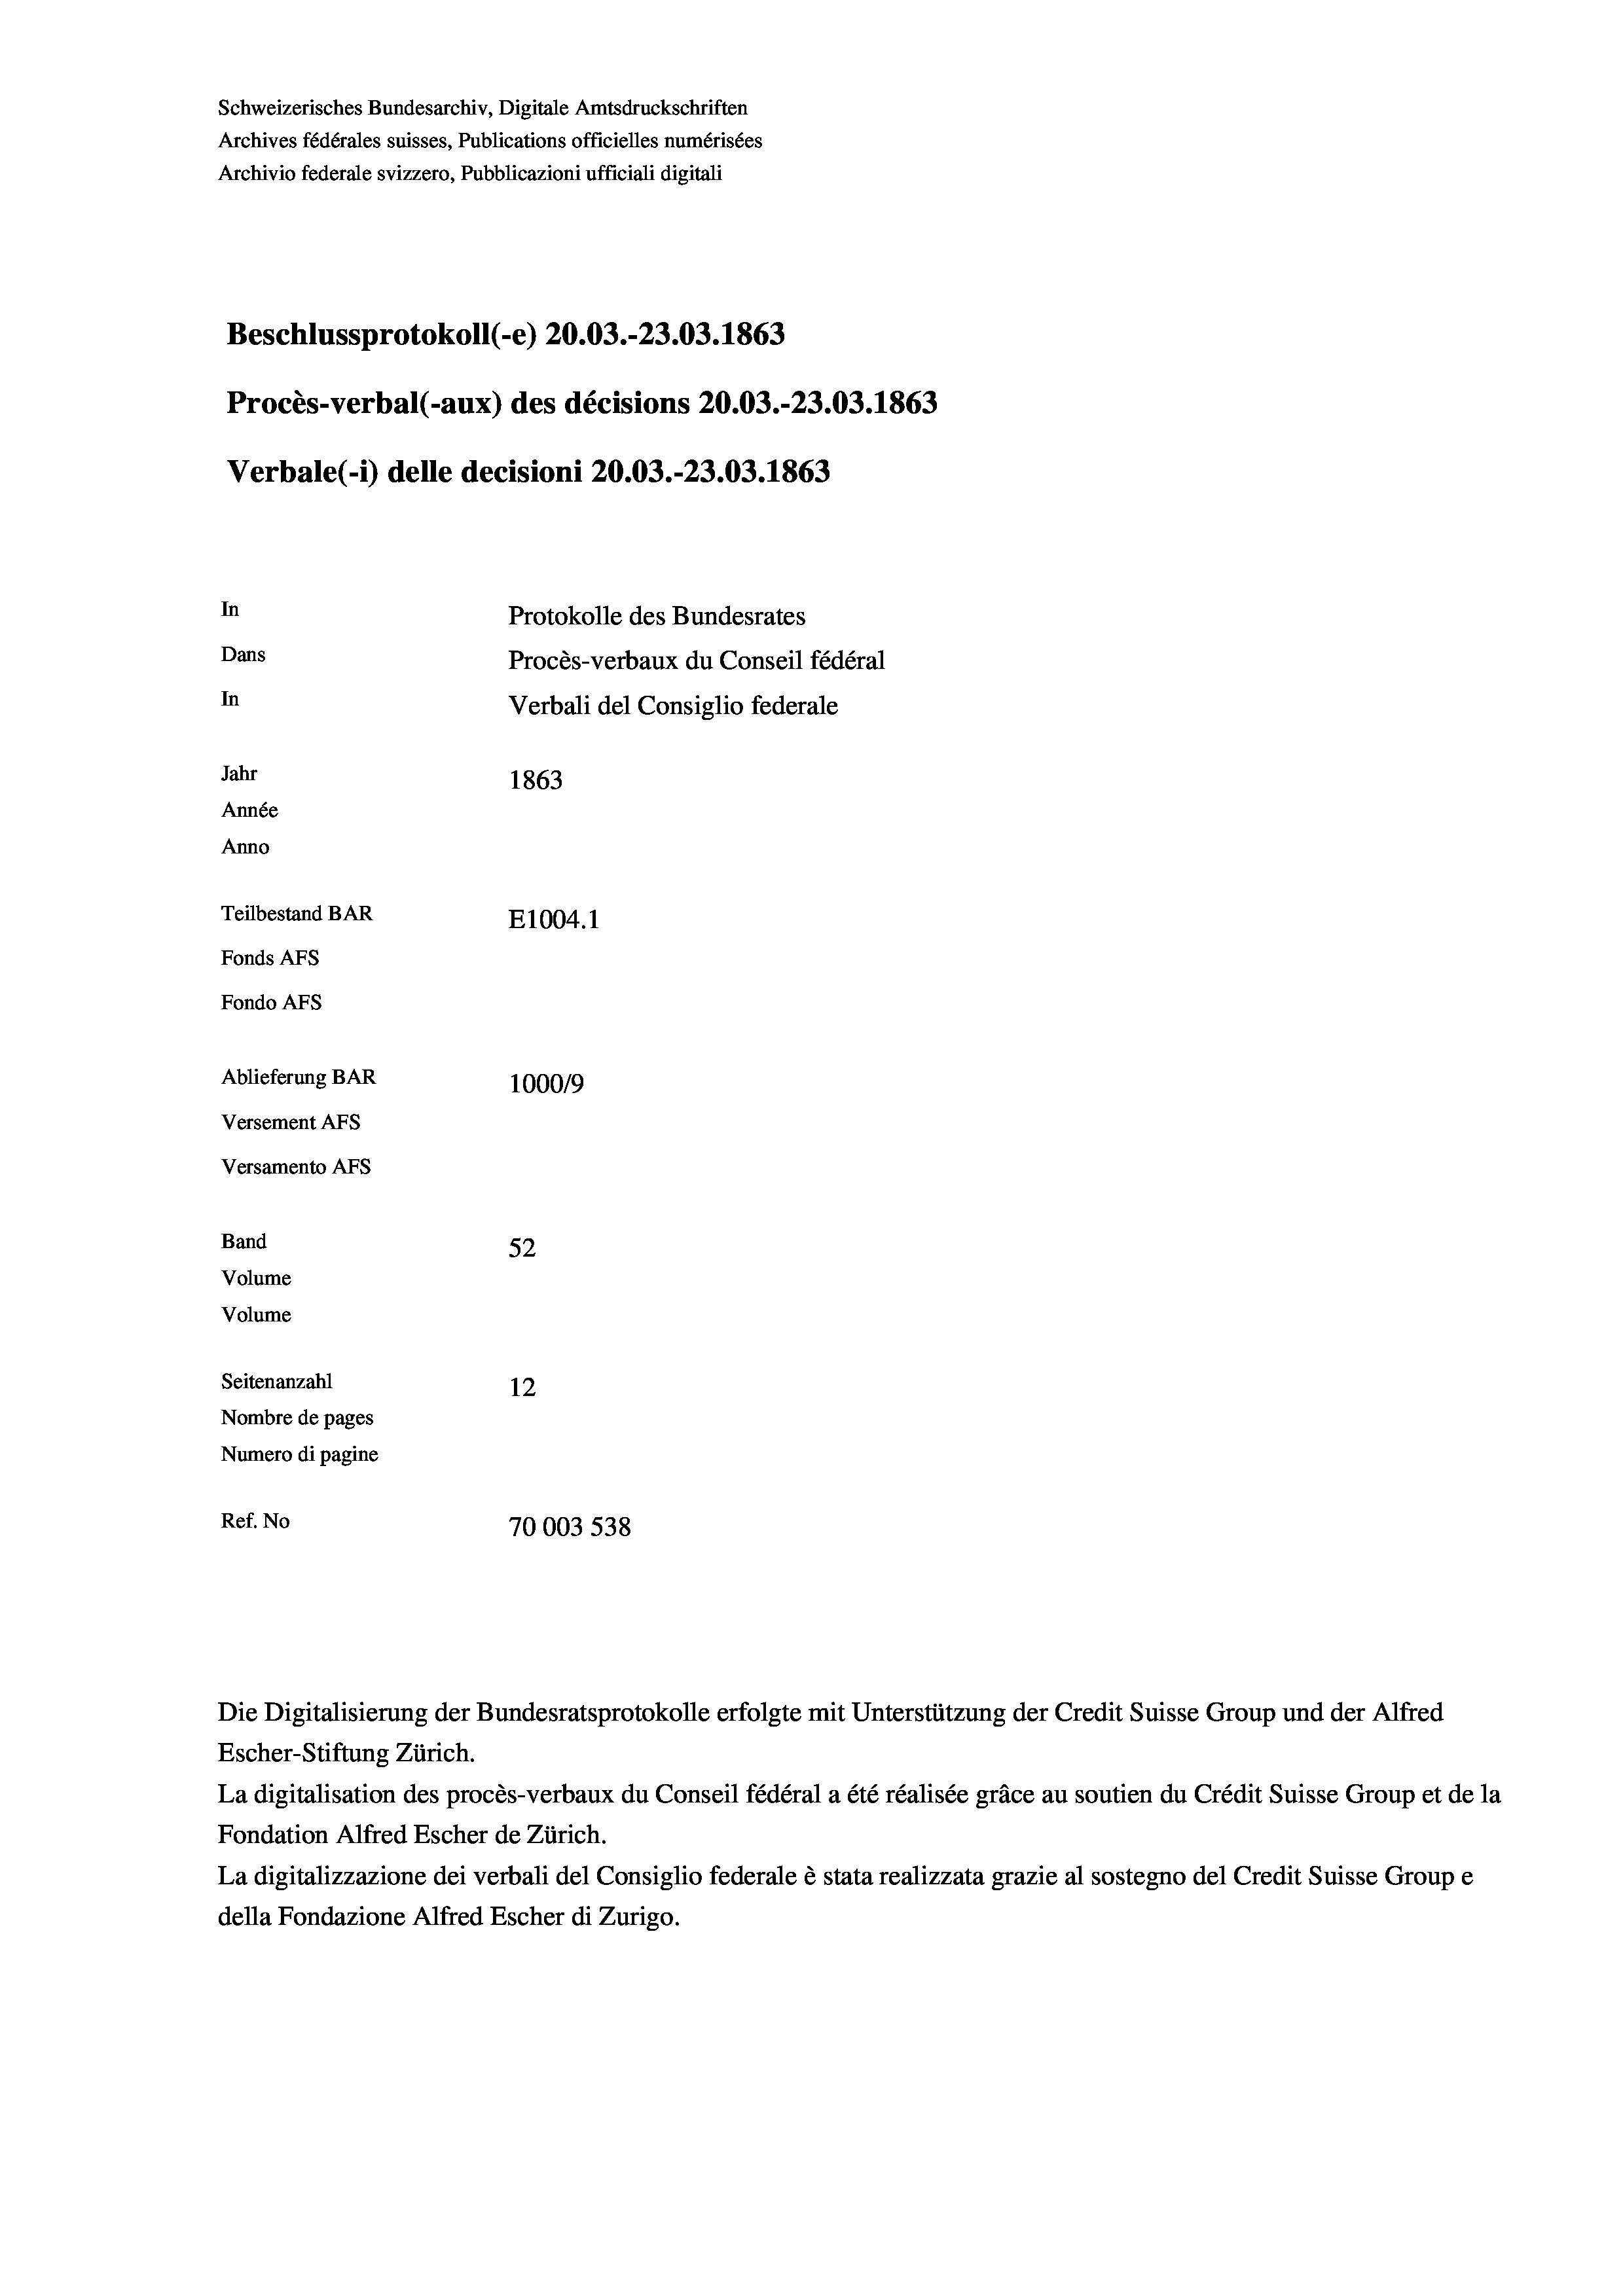
Beschlussprotokoll (-e) 20.03.-23.03. 1863
Procès-verbal (-aux) des décisions 20.03.-23.03. 1863
Verbale (- 1) delle decisioni 20.03.-23.03. 1863
In
Protokolle des Bundesrates
Dans
Procès-verbaux du Conseil fédéral
In
Verbali del Consiglio federale
Jahr
1863
Année
Anno
Teilbestand BAR
E1004.1
Fonds AFs
Fondo AFS
Ablieferung BAR
100019
Versement AFs
Versamento AFs

Band
Volume
Volume

52
Seitenanzahl
12
Nombre de pages
Numero di pagine
Ref. No
70003 538

Schweizerisches Bundesarchiv, Digitale Amtsdruckschriften
Archives fédérales suisses, Publications officielles numérisées
Archivio federale svizzero, Pubblicazioni ufficiali digitali

Escher-Stiftung Zürich.
La digitalisation des procès-verbaux du Conseil fédéral a été réalisée gräce au soutien du Crédit Suisse Group et de la
Fondation Alfred Escher de Zürich.
La digitalizzazione dei verbali del Consiglio federale è stata realizzata grazie al sostegno del Credit Suisse Groupe
della Fondazione Alfred Escher di Zurigo.

Die Digitalisierung der Bundesratsprotokolle erfolgte mit Unterstützung der Credit Suisse Group und der Alfred